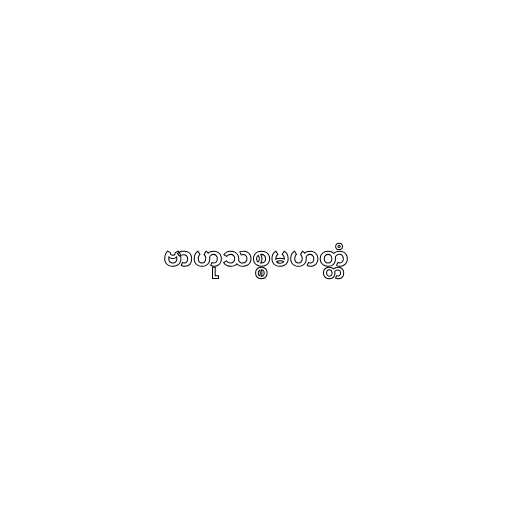
ဗာဟုသစ္စမဟတ္တံ